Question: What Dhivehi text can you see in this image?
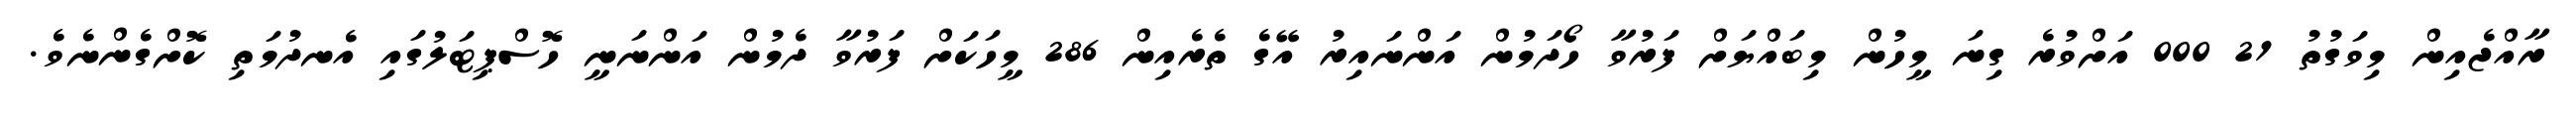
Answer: ރާއްޖެއިން މިވަގުތު 21 000 އަށްވުރެ ގިނަ މީހުން މިބައްޔަށް ފަރުވާ ހޯދަމުން އަންނައިރު އޭގެ ތެރެއިން 286 މީހަކަށް ފަރުވާ ދެމުން އަންނަނީ ހޮސްޕިޓަލުގައި އެނދުމަތި ކޮށްގެންނެވެ.